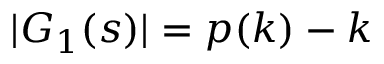
| G _ { 1 } ( s ) | = p ( k ) - k